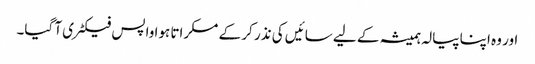
اور وہ اپنا پیالہ ہمیشہ کے لیے سائیں کی نذر کر کے مسکراتا ہوا واپس فیکٹری آ گیا۔